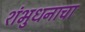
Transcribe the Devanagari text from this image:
शंभुधनाचा